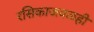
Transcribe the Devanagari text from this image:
रसिकाजवळही